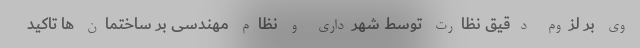
وی بر لزوم دقیق نظارت توسط شهرداری و نظام مهندسی بر ساختمان ها تاکید